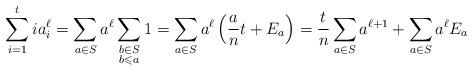
LaTeX: \begin{align*}\sum_{i=1}^{t}ia_i^{\ell}=\sum_{a\in S}a^{\ell}\sum_{\substack{b\in S\\b\leqslant a}}1=\sum_{a\in S}a^\ell\left(\frac{a}{n}t+E_a\right)=\frac{t}{n}\sum_{a\in S}a^{\ell+1}+\sum_{a\in S}a^\ell E_a\end{align*}